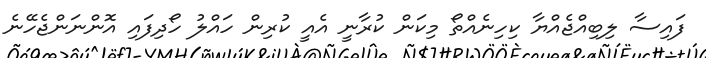
ފައިސާ ލިބިއްޖެއްޔާ ކިހިނެއްތޯ މިކަން ކުރާނީ އެއީ ކުރިން ހައްލު ހޯދިފައި އޮންނަންޖެހޭނެ